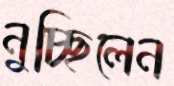
নুচ্ছিলেন